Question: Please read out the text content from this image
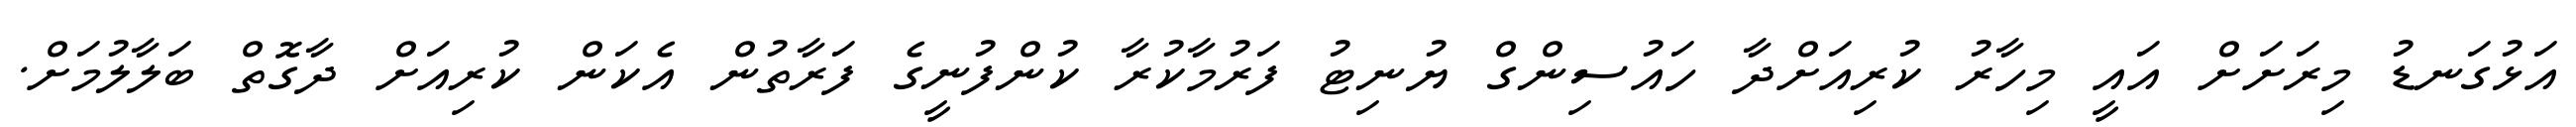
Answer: އަޅުގަނޑު މިރަށަށް އައީ މިހާރު ކުރިއަށްދާ ހައުސިންގް ޔުނިޓު ފަރުމާކުރާ ކުންފުނީގެ ފަރާތުން އެކަން ކުރިއަށް ދާގޮތް ބަލާލުމަށް.